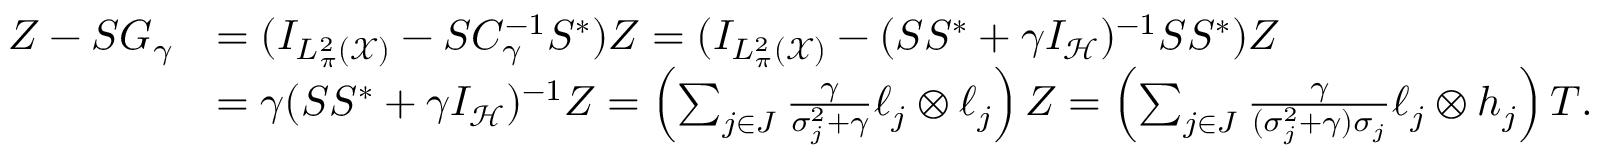
\begin{array} { r l } { Z - S G _ { \gamma } } & { = ( I _ { L _ { \pi } ^ { 2 } ( \mathcal { X } ) } - S C _ { \gamma } ^ { - 1 } S ^ { * } ) Z = ( I _ { L _ { \pi } ^ { 2 } ( \mathcal { X } ) } - ( S S ^ { * } + \gamma I _ { \mathcal { H } } ) ^ { - 1 } S S ^ { * } ) Z } \\ & { = \gamma ( S S ^ { * } + \gamma I _ { \mathcal { H } } ) ^ { - 1 } Z = \left( \sum _ { j \in J } \frac { \gamma } { \sigma _ { j } ^ { 2 } + \gamma } \ell _ { j } \otimes \ell _ { j } \right) Z = \left( \sum _ { j \in J } \frac { \gamma } { ( \sigma _ { j } ^ { 2 } + \gamma ) \sigma _ { j } } \ell _ { j } \otimes h _ { j } \right) T . } \end{array}